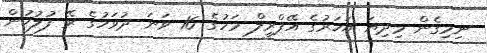
ނިމިގެން މިދިޔަ އަހަރުގެ އޭޕްރީލް މަހުގެ 16 ވަނަ ދުވަހުގެ ރޭ ފުލުހުން